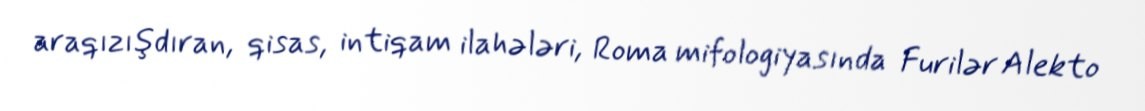
araqızışdıran, qisas, intiqam ilahələri, Roma mifologiyasında Furilər Alekto